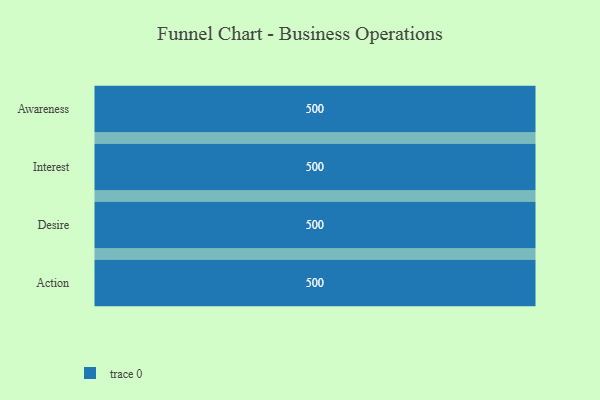
{"axis": {"x": "Stage", "y": "Value"}, "legend": [""], "data": [{"x": "Awareness", "y": 500, "type": ""}, {"x": "Interest", "y": 500, "type": ""}, {"x": "Desire", "y": 500, "type": ""}, {"x": "Action", "y": 500, "type": ""}]}